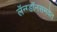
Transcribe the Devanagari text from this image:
लॅन्ग्डॉनसमवेत